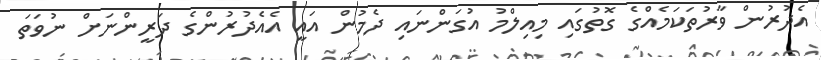
އެދުރުން ވާރުތަކަމެއްގެ ގޮތުގައި މިއިލްމު އުގަންނައި ދެމުން އައީ އެއެދުރުންގެ ދަރީންނަށް ނުވަތަ